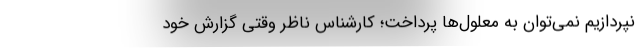
نپردازیم نمی‌توان به معلول‌ها پرداخت؛ کارشناس ناظر وقتی گزارش خود